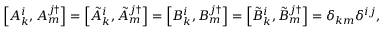
\left[ A _ { k } ^ { i } , A _ { m } ^ { j \dagger } \right] = \left[ \tilde { A } _ { k } ^ { i } , \tilde { A } _ { m } ^ { j \dagger } \right] = \left[ B _ { k } ^ { i } , B _ { m } ^ { j \dagger } \right] = \left[ \tilde { B } _ { k } ^ { i } , \tilde { B } _ { m } ^ { j \dagger } \right] = \delta _ { k m } \delta ^ { i j } ,